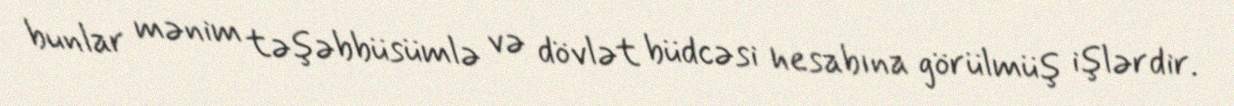
bunlar mənim təşəbbüsümlə və dövlət büdcəsi hesabına görülmüş işlərdir.